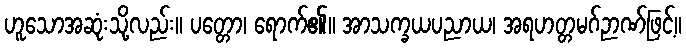
ဟူသောအဆုံးသို့လည်း။ ပတ္တော၊ ရောက်၏။ အာသက္ခယပညာယ၊ အရဟတ္တမဂ်ဉာဏ်ဖြင့်။